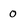
Character: 0